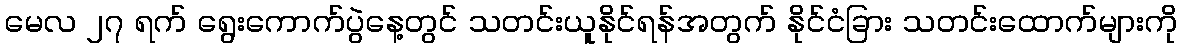
မေလ ၂၇ ရက် ရွေးကောက်ပွဲနေ့တွင် သတင်းယူနိုင်ရန်အတွက် နိုင်ငံခြား သတင်းထောက်များကို